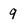
Character: 9